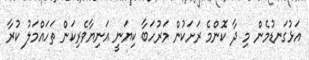
އަޅުގަނޑުމެން މި ދާ ކޮންމެ ރަށަކުން މަރުހަބާ ކިޔަނީ އަނިޔާވެރިކަން ތަހައްމަލު ކުރާ